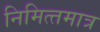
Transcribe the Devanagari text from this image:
निमित्‍तमात्र